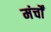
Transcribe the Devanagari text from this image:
मंर्चों